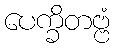
ပေက္ခိတဗ္ဗံ